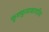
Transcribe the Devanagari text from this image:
फुफ्फुसावरणीय